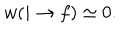
w ( i \rightarrow f ) \simeq 0 .